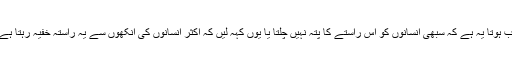
اب ہوتا یہ ہے کہ سبھی انسانوں کو اس راستے کا پتہ نہیں چلتا یا یوں کہہ لیں کہ اکثر انسانوں کی آنکھوں سے یہ راستہ خفیہ رہتا ہے۔